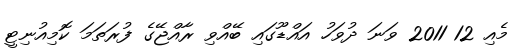
މެއި 12 2011 ވަނަ ދުވަހު އައްޑޫގައި ބޭއްވި ރާއްޖޭގެ ފުރަތަމަ ކޮމިއުނިޓީ